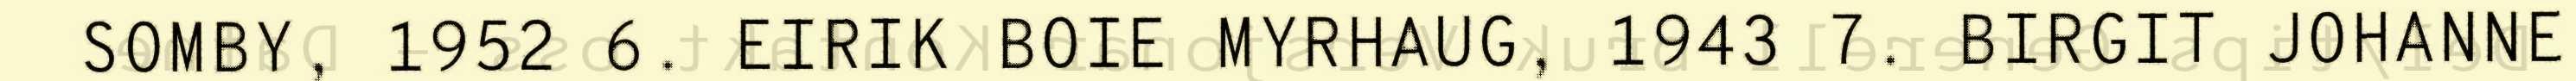
SOMBY, 1952 6. EIRIK BOIE MYRHAUG, 1943 7. BIRGIT JOHANNE